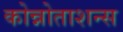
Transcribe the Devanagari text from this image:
कोन्नोताशन्स